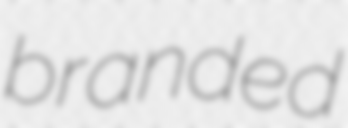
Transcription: branded